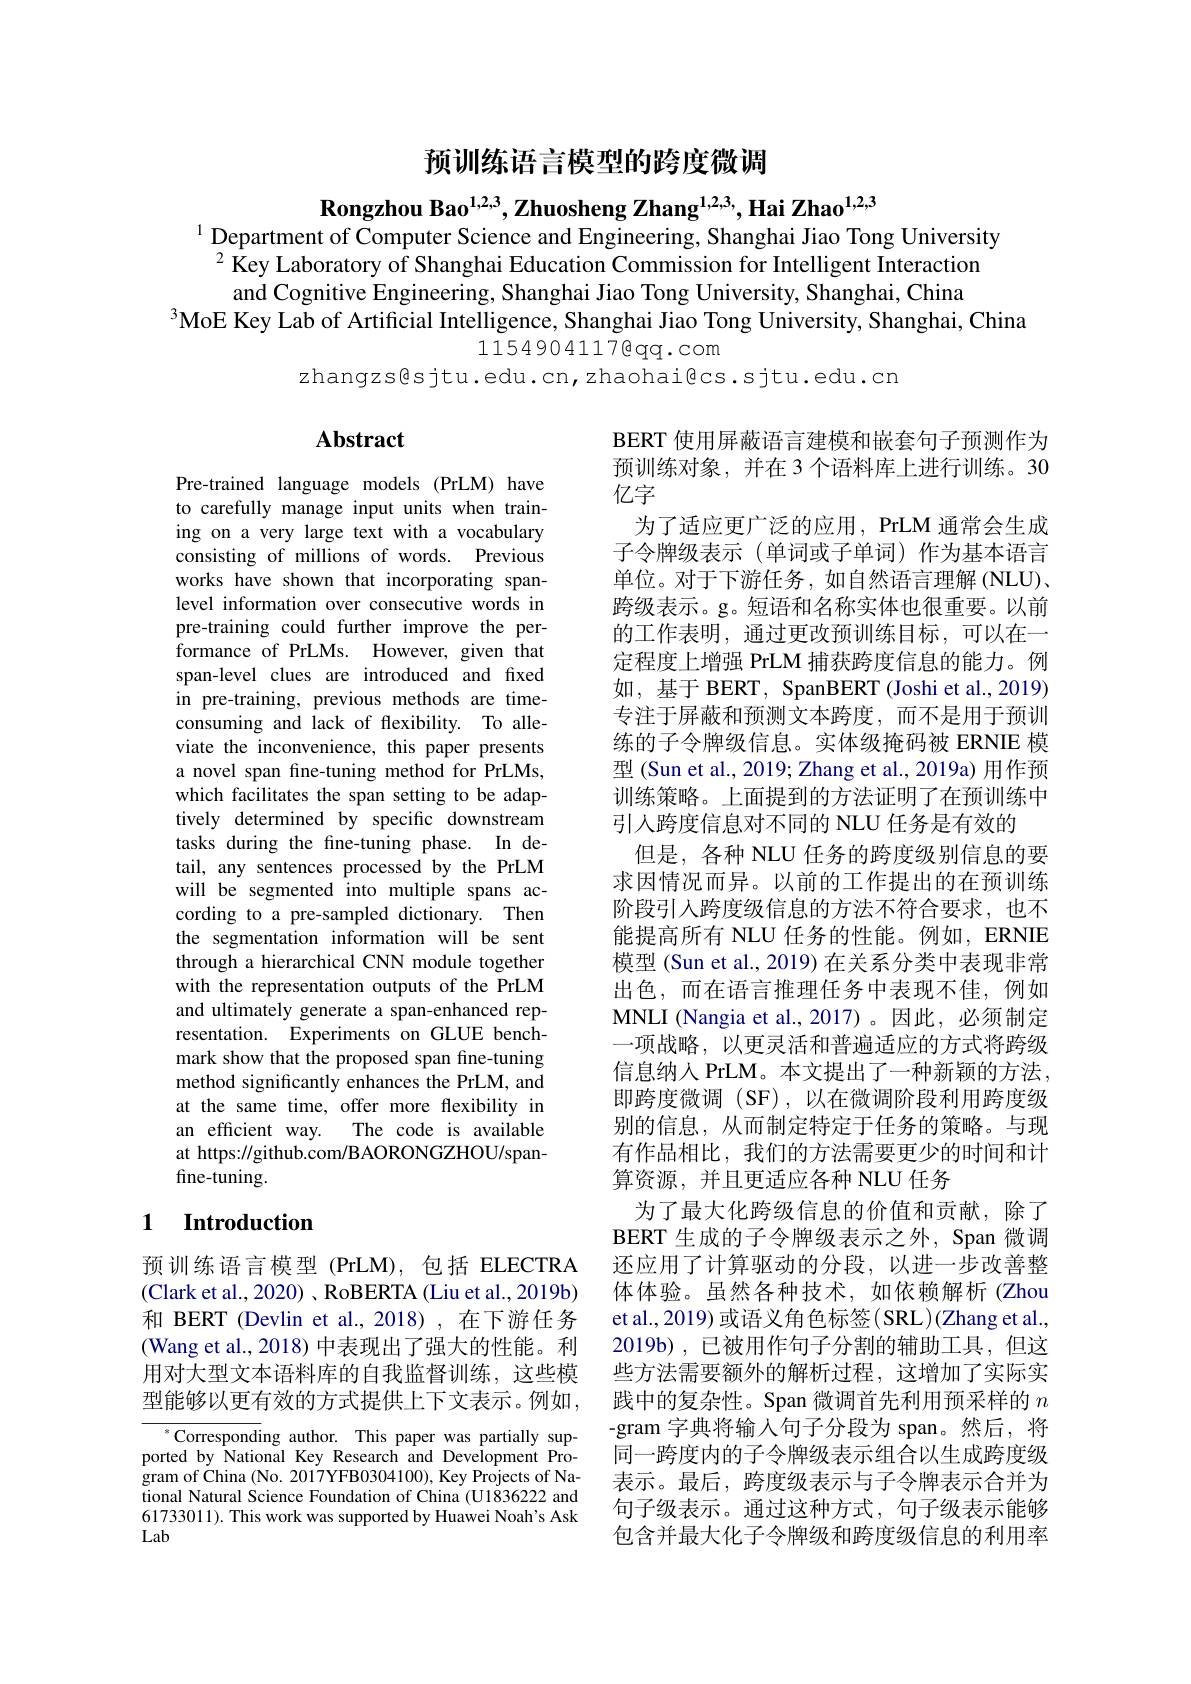
预训练语言模型的跨度微调

Rongzhou Bao$^{1,2,3},\textbf{Zhuosheng Zhang}^{1,2,3,}$,Hai Zhao$^{1,2,3}$
$^{1}$ Department of Computer Science and Engineering, Shanghai Jiao Tong University
$^2$ Key Laboratory of Shanghai Education Commission for Intelligent Interaction
and Cognitive Engineering, Shanghai Jiao Tong University, Shanghai, China
$^{3}$MoE Key Lab of Artificial Intelligence, Shanghai Jiao Tong University, Shanghai, China
$11549041176qq.com$
zhangzs@sjtu.edu.cn,zhaohai@cs.sjtu.edu.cn

## $\mathbf{Abstract}$

Pre-trained language models (PrLM) have to carefully manage input units when training on a very large text with a vocabulary consisting of millions of words. Previous works have shown that incorporating spanlevel information over consecutive words in pre-training could further improve the performance of PrLMs. However, given that span-level clues are introduced and fixed in pre-training, previous methods are timeconsuming and lack of flexibility. To alleviate the inconvenience, this paper presents a novel span fine-tuning method for PrLMs, which facilitates the span setting to be adaptively determined by specific downstream tasks during the fine-tuning phase. In detail, any sentences processed by the PrLM will be segmented into multiple spans according to a pre-sampled dictionary. Then the segmentation information will be sent through a hierarchical CNN module together with the representation outputs of the PrLM and ultimately generate a span-enhanced representation. Experiments on GLUE benchmark show that the proposed span fine-tuning method significantly enhances the PrLM, and at the same time, offer more flexibility in an efficient way. The code is available at https://github.com/BAORONGZHOU/spanfine-tuning.

BERT 使用屏蔽语言建模和嵌套句子预测作为预训练对象，并在 3 个语料库上进行训练。30亿字
为了适应更广泛的应用，PrLM 通常会生成子令牌级表示 (单词或子单词)作为基本语言单位。对于下游任务，如自然语言理解(NLU)、 跨级表示。g。短语和名称实体也很重要。以前的工作表明，通过更改预训练目标，可以在一定程度上增强 PrLM 捕获跨度信息的能力。例如，基于 BERT, SpanBERT (Joshi et al., 2019) 专注于屏蔽和预测文本跨度，而不是用于预训练的子令牌级信息。实体级掩码被 ERNIE 模型(Sun et al., 2019; Zhang et al., 2019a) 用作预训练策略。上面提到的方法证明了在预训练中引入跨度信息对不同的 NLU 任务是有效的
但是，各种 NLU 任务的跨度级别信息的要求因情况而异。以前的工作提出的在预训练阶段引入跨度级信息的方法不符合要求，也不能提高所有 NLU 任务的性能。例如，ERNIE 模型 (Sun et al., 2019) 在关系分类中表现非常出色，而在语言推理任务中表现不佳，例如MNLI (Nangia et al.,2017)。因此，必须制定一项战略，以更灵活和普遍适应的方式将跨级信息纳人 PrLM。本文提出了一种新颖的方法， 即跨度微调(SF),以在微调阶段利用跨度级别的信息，从而制定特定于任务的策略。与现有作品相比，我们的方法需要更少的时间和计算资源，并且更适应各种 NLU 任务
为了最大化跨级信息的价值和贡献，除了BERT 生成的子令牌级表示之外，Span 微调还应用了计算驱动的分段，以进一步改善整体体验。虽然各种技术，如依赖解析(Zhou et al., 2019) 或语义角色标签( SRL)(Zhang et al., 2019b) , 已被用作句子分割的辅助工具，但这些方法需要额外的解析过程，这增加了实际实践中的复杂性。Span 微调首先利用预采样的$n$ -gram 字典将输入句子分段为 span。然后，将同一跨度内的子令牌级表示组合以生成跨度级表示。最后，跨度级表示与子令牌表示合并为句子级表示。通过这种方式，句子级表示能够包含并最大化子令牌级和跨度级信息的利用率

## 1 Introduction

预训练语言模型(PrLM),包括 ELECTRA (Clark et al., 2020)、RoBERTA (Liu et al., 2019b) 和 BERT (Devlin et al.,2018),在下游任务(Wang et al., 2018) 中表现出了强大的性能。利用对大型文本语料库的自我监督训练，这些模型能够以更有效的方式提供上下文表示。例如，

$^*$Corresponding author. This paper was partially supported by National Key Research and Development Pro- $gramofChina(No.2017YFB0304100)$,Key Projects of National Natural Science Foundation of China (U1836222 and 61733011). This work was supported by Huawei Noah's Ask Lab